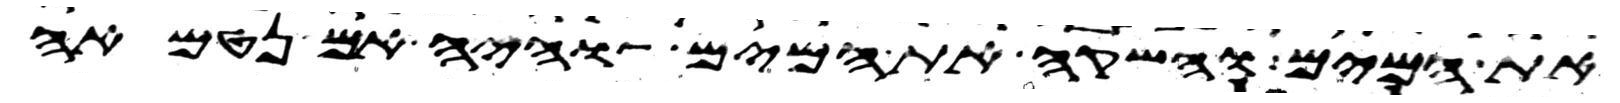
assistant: את המים והשקה את המים והיה אם נטמאה